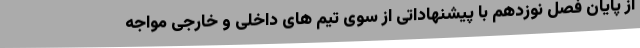
از پایان فصل نوزدهم با پیشنهاداتی از سوی تیم های داخلی و خارجی مواجه